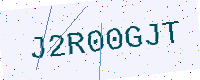
Text: J2R00GJT